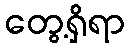
တွေ့ရှိရာ